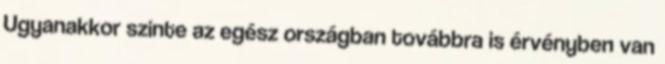
Ugyanakkor szinte az egész országban továbbra is érvényben van